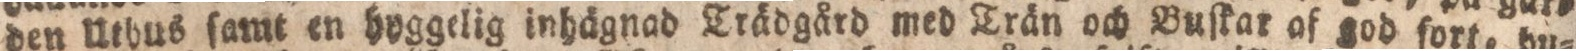
den Uthus ſamt en hyggelig inhägnad Trädgård med Trän och Buſkar af god fort, hu=